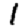
Digit: 1